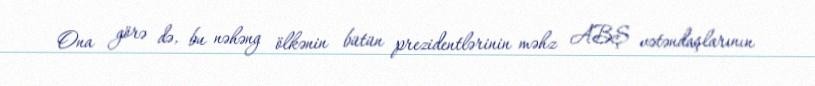
Ona görə də, bu nəhəng ölkənin bütün prezidentlərinin məhz ABŞ vətəndaşlarının